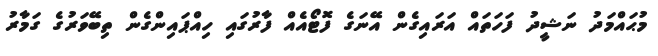
މުޙައްމަދު ނަޝީދު ފަހަތައް އަރައިގެން އޭނަގެ ފޮޓޯއެއް ފާރުގައި ހިއްޕައިންގެން ތިބޭވަރުގެ ގަމާރު